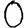
Digit: 0